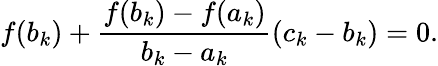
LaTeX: f(b_{k})+{\frac{f(b_{k})-f(a_{k})}{b_{k}-a_{k}}}(c_{k}-b_{k})=0.